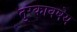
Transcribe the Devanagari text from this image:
तुरकावषेय